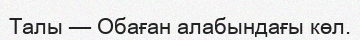
Талы — Обаған алабындағы көл.